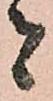
者